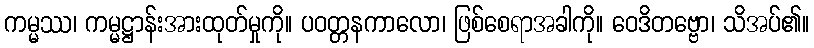
ကမ္မဿ၊ ကမ္မဋ္ဌာန်းအားထုတ်မှုကို။ ပဝတ္တနကာလော၊ ဖြစ်စေရာအခါကို။ ဝေဒိတဗ္ဗော၊ သိအပ်၏။